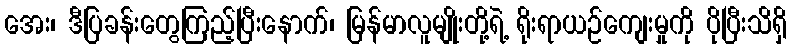
အေး၊ ဒီပြခန်းတွေကြည့်ပြီးနောက်၊ မြန်မာလူမျိုးတို့ရဲ့ ရိုးရာယဉ်ကျေးမှုကို ပိုပြီးသိရှိ